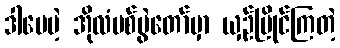
ဒါပေမဲ့ အိုလံပစ်ပွဲတော်မှာ ယှဉ်ပြိုင်ကြတဲ့